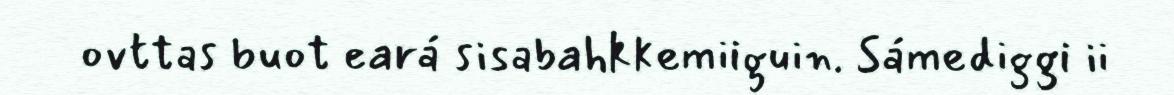
ovttas buot eará sisabahkkemiiguin. Sámediggi ii